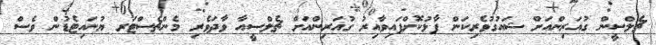
ޗެލްސީން ގުއަރިންއަށް ޝައުގުވެރިކަން ފާޅުކޮށްފައިވާއިރު ގުއަރިންއަށް ޗެލްސީއާ ވާދަވެރި މެންޗެސްޓަރ ޔުނައިޓެޑުން ވެސް